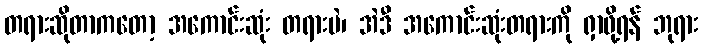
တရားဆိုတာကတော့ အကောင်းဆုံး တရားပဲ၊ အဲဒီ အကောင်းဆုံးတရားကို ရှာဖို့ရန် ဘုရား